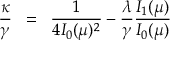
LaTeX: \frac { { \kappa } } { \gamma } \; \; = \; \; \frac { 1 } { 4 I _ { 0 } ( \mu ) ^ { 2 } } - \frac { \lambda } { \gamma } \frac { I _ { 1 } ( \mu ) } { I _ { 0 } ( \mu ) }